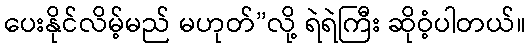
ပေးနိုင်လိမ့်မည် မဟုတ်”လို့ ရဲရဲကြီး ဆိုဝံ့ပါတယ်။